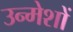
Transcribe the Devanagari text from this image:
उन्मेशों